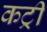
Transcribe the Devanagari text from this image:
कट्री